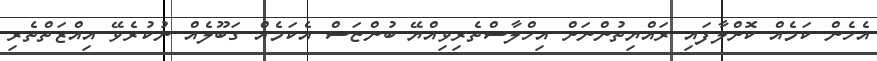
އެހެން ކަމެއް ކޮށްލާފައި ރައްޔިތުންނަށް އިހްލާސްތެރިވިއްޔޭ ބުންޏަސް އެކަމެއް ގަބޫލެއް ނުކުރެވޭ އިއްޒަތްތެރި